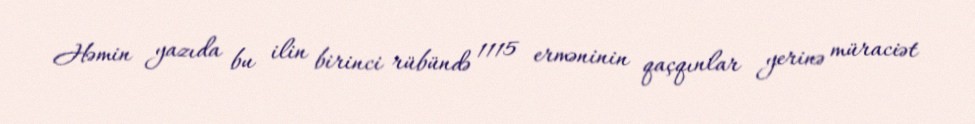
Həmin yazıda bu ilin birinci rübündə 1115 erməninin qaçqınlar yerinə müraciət